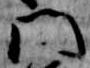
門